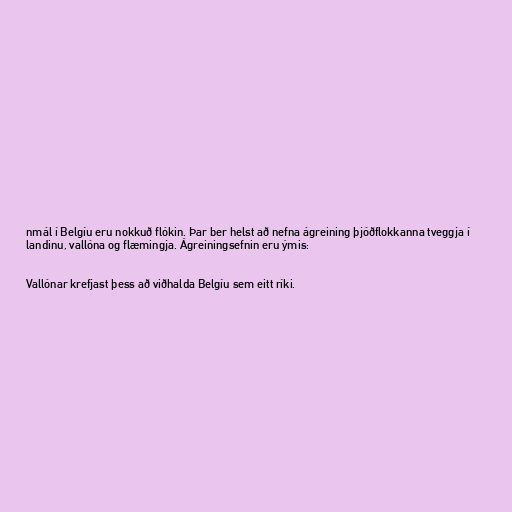
nmál í Belgíu eru nokkuð flókin. Þar ber helst að nefna ágreining þjóðflokkanna tveggja í
landinu, vallóna og flæmingja. Ágreiningsefnin eru ýmis:

Vallónar krefjast þess að viðhalda Belgíu sem eitt ríki.